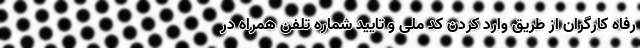
رفاه کارگران از طریق وارد کردن کد ملی و تایید شماره تلفن همراه در